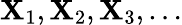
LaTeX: \mathbf{X}_{1},\mathbf{X}_{2},\mathbf{X}_{3},\dots